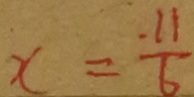
x = \frac { . 1 1 } { 6 }